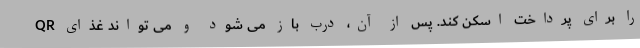
QR را برای پرداخت اسکن کند. پس از آن، درب باز می شود و می تواند غذای